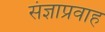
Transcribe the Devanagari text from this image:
संज्ञाप्रवाह